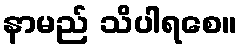
နာမည် သိပါရစေ။